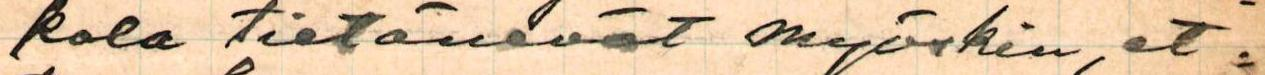
kola tietänevät myöskin, et=